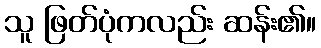
သူ ဖြတ်ပုံကလည်း ဆန်း၏။